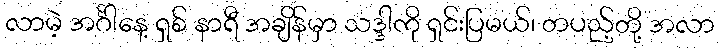
လာမဲ့ အင်္ဂါနေ့ ရှစ် နာရီ အချိန်မှာ သဒ္ဒါကို ရှင်းပြမယ်၊ တပည့်တို့ အလာ